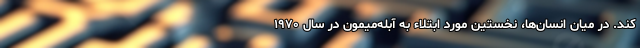
کند. در میان انسان‌ها، نخستین مورد ابتلاء به آبله‌میمون در سال ۱۹۷۰